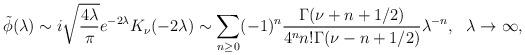
LaTeX: \begin{align*}\tilde\phi(\lambda)\sim i\sqrt{\frac{4\lambda}{\pi}}e^{-2\lambda}K_{\nu}(-2\lambda)\sim\sum_{n\geq 0}(-1)^n\frac{\Gamma(\nu+n+1/2)}{4^nn!\Gamma(\nu-n+1/2)}\lambda^{-n},\ \ \lambda\rightarrow\infty,\end{align*}